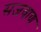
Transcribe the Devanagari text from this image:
सजवाण